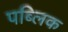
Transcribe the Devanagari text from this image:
पब्‍लिक